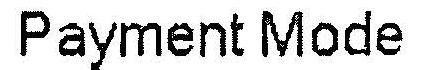
PAYMENT MODE